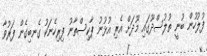
ފުލުހުން ބުނީ ތުލުސްދޫގައި މޫދަށް އެރި އުޅުނު ޕާކިސްތާނު ފިރިހެނަކު ގެނބިގެން ފަރުވާ